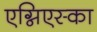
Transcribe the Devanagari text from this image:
एग्निएस्का